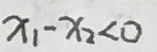
x _ { 1 } - x _ { 2 } < 0